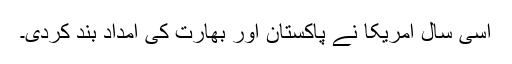
اسی سال امریکا نے پاکستان اور بھارت کی امداد بند کردی۔